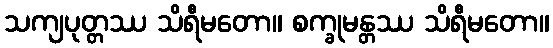
သကျပုတ္တဿ သိရီမတော။ စက္ခုမန္တဿ သိရီမတော။